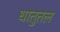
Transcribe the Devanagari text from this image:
धातुतल